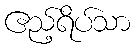
ဧည့်ရိပ်သာ